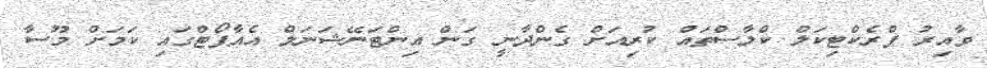
ވާއިރު ޕްރެކްޓިކަލް ކްލާސްތައް ކުރިއަށް ގެންދާނީ ގަން އިންޓަނޭޝަނަލް އެއާޕޯޓްގައި ކަމަށް މޫސާ